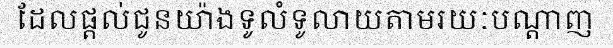
ដែលផ្តល់ជូនយ៉ាងទូលំទូលាយតាមរយៈបណ្តាញ